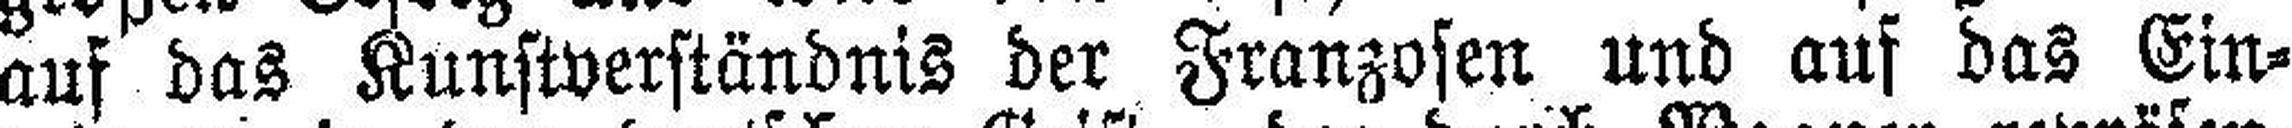
auf das Kunstverständnis der Franzosen und auf das Ein¬